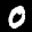
Label: 0